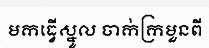
មកធ្វើស្នូល ចាក់ក្រមួនពី